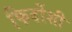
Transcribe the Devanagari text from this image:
फिर्दोशी